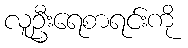
လူဦးရေစာရင်းကို